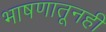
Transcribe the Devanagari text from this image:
भाषणातूनही